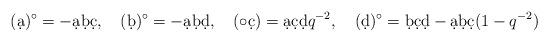
LaTeX: \begin{align*}(\d a)^\circ= - \d a \d b \d c,\quad (\d b)^\circ= - \d a \d b\d d,\quad(\circ \d c)=\d a \d c\d d q^{-2},\quad (\d d)^\circ=\d b \d c\d d - \d a \d b\d c(1-q^{-2})\end{align*}